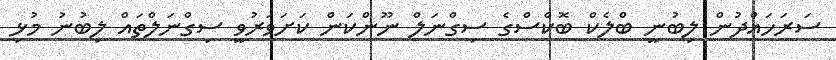
ސަރަހައްދުން ލިބުނީ ބްލެކް ބޮކްސްގެ ސިގްނަލް ނޫންކަން ކަށަވަރުވީ ސިގްނަލްތައް ލިބުނު މުޅި